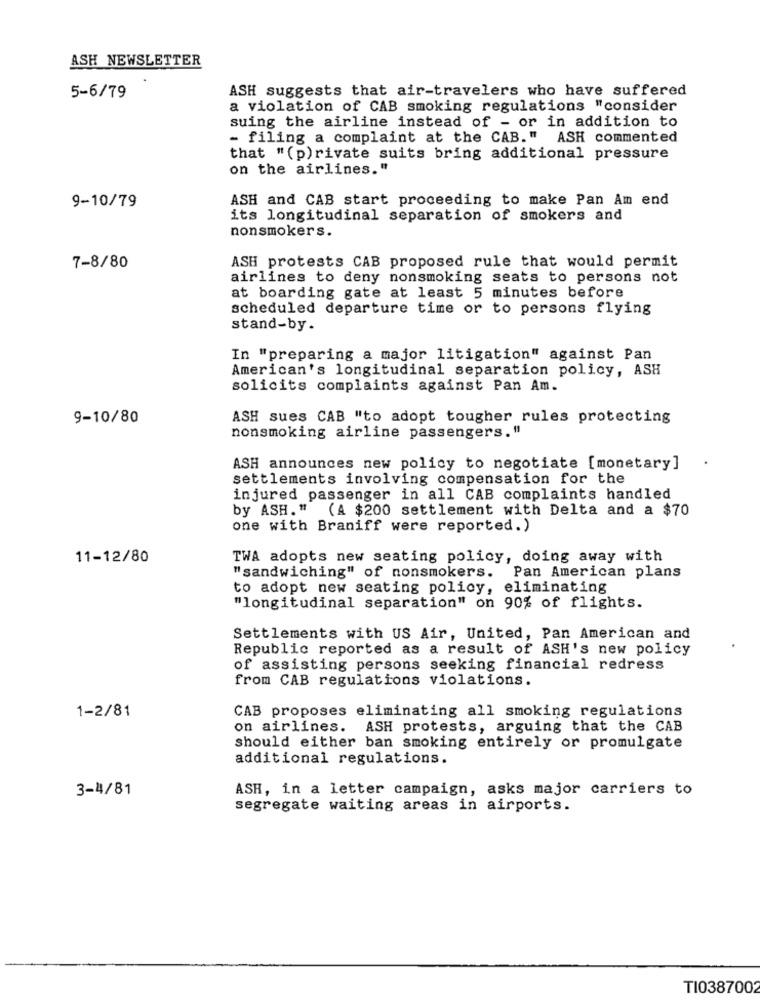
ASH NEWSLETTER
ASH suggests that air-travelers who have suffered
5-6/79
a violation of CAB smoking regulations "consider
suing the airline instead of - or in addition to
- filing a complaint at the CAB." ASH commented
that "(p)rivate suits bring additional pressure
on the airlines."
ASH and CAB start proceeding to make Pan Am end
9-10/79
its longitudinal separation of smokers and
nonsmokers.
7-8/80
ASH protests CAB proposed rule that would permit
airlines to deny nonsmoking seats to persons not
at boarding gate at least 5 minutes before
scheduled departure time or to persons flying
stand-by.
In "preparing a major litigation" against Pan
American's longitudinal separation policy, ASH
solicits complaints against Pan Am.
9-10/80
ASH sues CAB "to adopt tougher rules protecting
nonsmoking airline passengers."
ASH announces new policy to negotiate [monetary]
settlements involving compensation for the
injured passenger in all CAB complaints handled
by ASH." (A $200 settlement with Delta and a $70
one with Braniff were reported.)
11-12/80
TWA adopts new seating policy, doing away with
"sandwiching" of nonsmokers. Pan American plans
to adopt new seating policy, eliminating
"longitudinal separation" on 90% of flights.
Settlements with US Air, United, Pan American and
Republic reported as a result of ASH's new policy
of assisting persons seeking financial redress
from CAB regulations violations.
1-2/81
CAB proposes eliminating all smoking regulations
on airlines. ASH protests, arguing that the CAB
should either ban smoking entirely or promulgate
additional regulations.
3-4/81
ASH, in a letter campaign, asks major carriers to
segregate waiting areas in airports.
TI0387002